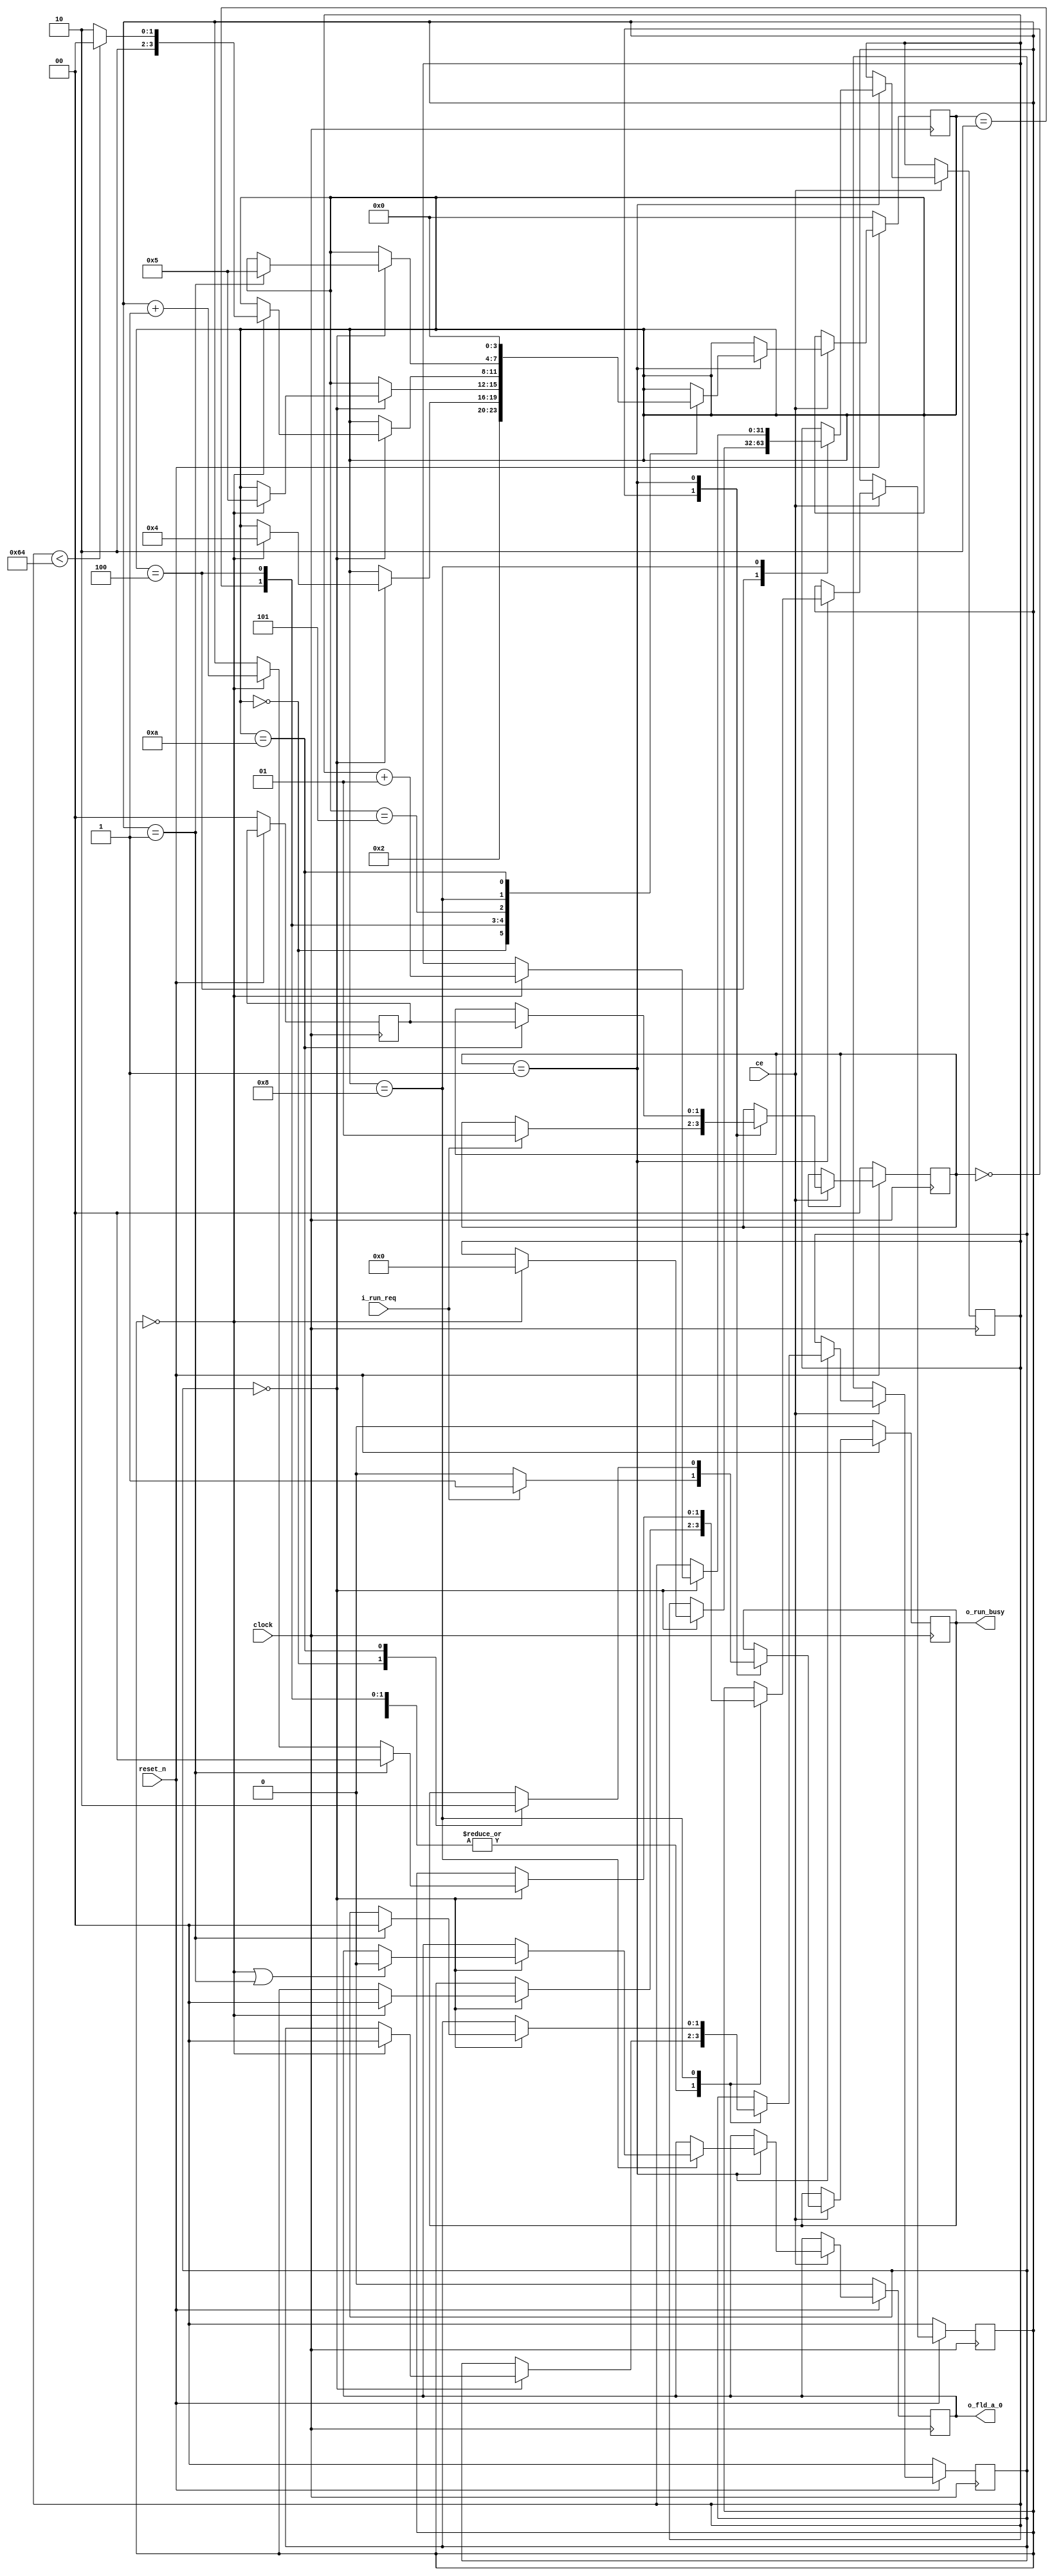
/*
TimeStamp:	2016/12/21		18:38
*/


module BoolTest(
	input                 clock,	
	input                 reset_n,	
	input                 ce,	
	input                 i_run_req,	
	output                o_run_busy,	
	output                o_fld_a_0	
);

	reg         [ 1:0] r_sys_processing_methodID;
	wire               w_sys_boolTrue;
	wire               w_sys_boolFalse;
	wire signed [31:0] w_sys_intOne;
	wire signed [31:0] w_sys_intZero;
	wire               w_sys_ce;
	reg         [ 1:0] r_sys_run_caller;
	reg                r_sys_run_req;
	reg         [ 3:0] r_sys_run_phase;
	reg         [ 1:0] r_sys_run_stage;
	reg         [ 1:0] r_sys_run_step;
	reg                r_sys_run_busy;
	wire        [ 1:0] w_sys_run_stage_p1;
	wire        [ 1:0] w_sys_run_step_p1;
	reg                r_fld_a_0;
	reg  signed [31:0] r_run_i_1;
	wire               w_sys_tmp1;
	wire signed [31:0] w_sys_tmp2;
	wire signed [31:0] w_sys_tmp4;

	assign w_sys_boolTrue = 1'b1;
	assign w_sys_boolFalse = 1'b0;
	assign w_sys_intOne = 32'sh1;
	assign w_sys_intZero = 32'sh0;
	assign w_sys_ce = w_sys_boolTrue & ce;
	assign o_run_busy = r_sys_run_busy;
	assign w_sys_run_stage_p1 = (r_sys_run_stage + 2'h1);
	assign w_sys_run_step_p1 = (r_sys_run_step + 2'h1);
	assign o_fld_a_0 = r_fld_a_0;
	assign w_sys_tmp1 = (r_run_i_1 < w_sys_tmp2);
	assign w_sys_tmp2 = 32'sh00000064;
	assign w_sys_tmp4 = (r_run_i_1 + w_sys_intOne);


	always@(posedge clock)begin

		if(( !reset_n )) begin
			r_sys_processing_methodID <= 2'h0;

		end
		else
		if(w_sys_ce) begin

			case(r_sys_processing_methodID) 
				2'h0: begin
					r_sys_processing_methodID <= ((i_run_req) ? 2'h1 : r_sys_processing_methodID);
				end

				2'h1: begin

					case(r_sys_run_phase) 
						4'ha: begin
							r_sys_processing_methodID <= r_sys_run_caller;
						end

					endcase
				end

			endcase
		end
	end


	always@(posedge clock)begin

		if(( !reset_n )) begin
			r_sys_run_caller <= 2'h0;

		end
	end


	always@(posedge clock)begin

		if(( !reset_n )) begin
			r_sys_run_req <= w_sys_boolFalse;

		end
	end


	always@(posedge clock)begin

		if(( !reset_n )) begin
			r_sys_run_phase <= 4'h0;

		end
		else
		if(w_sys_ce) begin

			case(r_sys_processing_methodID) 
				2'h1: begin

					case(r_sys_run_phase) 
						4'h0: begin
							r_sys_run_phase <= 4'h2;
						end

						4'h2: begin

							case(r_sys_run_stage) 
								2'h0: begin
									if((r_sys_run_step==2'h0)) begin
										r_sys_run_phase <= 4'h4;

									end
								end

							endcase
						end

						4'h4: begin

							case(r_sys_run_stage) 
								2'h0: begin
									if((r_sys_run_step==2'h0)) begin
										r_sys_run_phase <= 4'h5;

									end
								end

							endcase
						end

						4'h5: begin

							case(r_sys_run_stage) 
								2'h0: begin
									if((r_sys_run_step==2'h0)) begin
										r_sys_run_phase <= ((w_sys_tmp1) ? 4'h8 : 4'ha);

									end
								end

							endcase
						end

						4'h8: begin

							case(r_sys_run_stage) 
								2'h0: begin
									if((r_sys_run_step==2'h1)) begin
										r_sys_run_phase <= 4'h5;

									end
								end

							endcase
						end

						4'ha: begin
							r_sys_run_phase <= 4'h0;
						end

					endcase
				end

			endcase
		end
	end


	always@(posedge clock)begin

		if(( !reset_n )) begin
			r_sys_run_stage <= 2'h0;

		end
		else
		if(w_sys_ce) begin

			case(r_sys_processing_methodID) 
				2'h1: begin

					case(r_sys_run_phase) 
						4'h2: begin

							case(r_sys_run_stage) 
								2'h0: begin
									if((r_sys_run_step==2'h0)) begin
										r_sys_run_stage <= 2'h0;

									end
								end

							endcase
						end

						4'h4: begin

							case(r_sys_run_stage) 
								2'h0: begin
									if((r_sys_run_step==2'h0)) begin
										r_sys_run_stage <= 2'h0;

									end
								end

							endcase
						end

						4'h5: begin

							case(r_sys_run_stage) 
								2'h0: begin
									if((r_sys_run_step==2'h0)) begin
										r_sys_run_stage <= 2'h0;

									end
								end

							endcase
						end

						4'h8: begin

							case(r_sys_run_stage) 
								2'h0: begin
									if((r_sys_run_step==2'h1)) begin
										r_sys_run_stage <= 2'h0;

									end
								end

							endcase
						end

					endcase
				end

			endcase
		end
	end


	always@(posedge clock)begin

		if(( !reset_n )) begin
			r_sys_run_step <= 2'h0;

		end
		else
		if(w_sys_ce) begin

			case(r_sys_processing_methodID) 
				2'h1: begin

					case(r_sys_run_phase) 
						4'h2: begin

							case(r_sys_run_stage) 
								2'h0: begin
									if((r_sys_run_step==2'h0)) begin
										r_sys_run_step <= 2'h0;

									end
								end

							endcase
						end

						4'h4: begin

							case(r_sys_run_stage) 
								2'h0: begin
									if((r_sys_run_step==2'h0)) begin
										r_sys_run_step <= 2'h0;

									end
								end

							endcase
						end

						4'h5: begin

							case(r_sys_run_stage) 
								2'h0: begin
									if((r_sys_run_step==2'h0)) begin
										r_sys_run_step <= 2'h0;

									end
								end

							endcase
						end

						4'h8: begin

							case(r_sys_run_stage) 
								2'h0: begin
									if((r_sys_run_step==2'h1)) begin
										r_sys_run_step <= 2'h0;

									end
									else
									if((r_sys_run_step==2'h0)) begin
										r_sys_run_step <= w_sys_run_step_p1;

									end
								end

							endcase
						end

					endcase
				end

			endcase
		end
	end


	always@(posedge clock)begin

		if(( !reset_n )) begin
			r_sys_run_busy <= w_sys_boolFalse;

		end
		else
		if(w_sys_ce) begin

			case(r_sys_processing_methodID) 
				2'h0: begin
					r_sys_run_busy <= ((i_run_req) ? w_sys_boolTrue : w_sys_boolFalse);
				end

				2'h1: begin

					case(r_sys_run_phase) 
						4'h0: begin
							r_sys_run_busy <= w_sys_boolTrue;
						end

						4'ha: begin
							r_sys_run_busy <= w_sys_boolFalse;
						end

					endcase
				end

			endcase
		end
	end


	always@(posedge clock)begin

		if(( !reset_n )) begin
			r_fld_a_0 <= w_sys_boolFalse;

		end
		else
		if(w_sys_ce) begin

			case(r_sys_processing_methodID) 
				2'h1: begin

					case(r_sys_run_phase) 
						4'h8: begin

							case(r_sys_run_stage) 
								2'h0: begin
									if((r_sys_run_step==2'h0) || (r_sys_run_step==2'h1)) begin
										r_fld_a_0 <= w_sys_boolFalse;

									end
								end

							endcase
						end

					endcase
				end

			endcase
		end
	end


	always@(posedge clock)begin

		if(w_sys_ce) begin

			case(r_sys_processing_methodID) 
				2'h1: begin

					case(r_sys_run_phase) 
						4'h4: begin

							case(r_sys_run_stage) 
								2'h0: begin
									if((r_sys_run_step==2'h0)) begin
										r_run_i_1 <= w_sys_intZero;

									end
								end

							endcase
						end

						4'h8: begin

							case(r_sys_run_stage) 
								2'h0: begin
									if((r_sys_run_step==2'h0)) begin
										r_run_i_1 <= w_sys_tmp4;

									end
								end

							endcase
						end

					endcase
				end

			endcase
		end
	end


endmodule